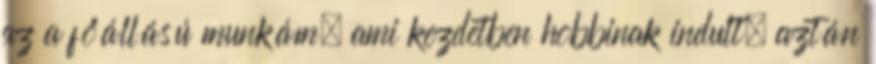
az a főállású munkám, ami kezdetben hobbinak indult, aztán